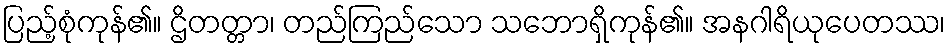
ပြည့်စုံကုန်၏။ ဌိတတ္တာ၊ တည်ကြည်သော သဘောရှိကုန်၏။ အနဂါရိယုပေတဿ၊